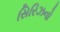
સિરિઝનો